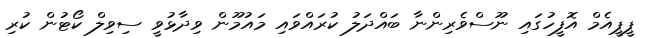
ޕީޕީއެމް އޮފީހުގައި ނޫސްވެރިންނާ ބައްދަލު ކުރައްވައި މައުމޫން ވިދާޅުވީ ސިވިލް ކޯޓުން ކުރި